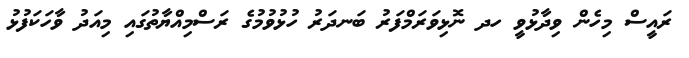
ރައީސް މިހެން ވިދާޅުވީ ހދ ނޮޅިވަރަމްފަރު ބަނދަރު ހުޅުވުމުގެ ރަސްމިއްޔާތުގައި މިއަދު ވާހަކަފުޅު